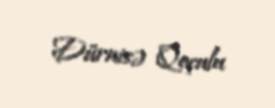
Dürnisə Qoçulu